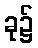
ခု၌